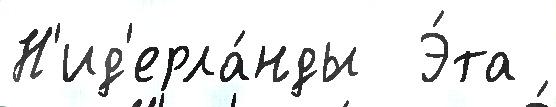
Н'ид'ерла́нды  Э́та